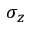
\sigma _ { z }